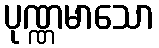
ပုဏ္ဏမာသော